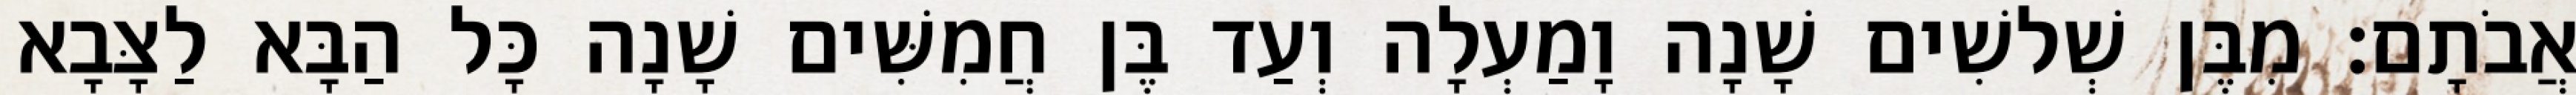
אֲבֹתָם׃ מִבֶּן שְׁלשִׁים שָׁנָה וָמַעְלָה וְעַד בֶּן חֲמִשִּׁים שָׁנָה כָּל הַבָּא לַצָּבָא